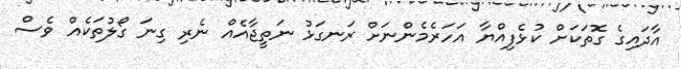
އާދައިގެ ގޮތަކަށް ކުޅެފިއްޔާ އަހަރެމެންނަށް ރަނގަޅު ނަތީޖާއެއް ނެރި ގިނަ ގޯލުތަކެއް ވެސް